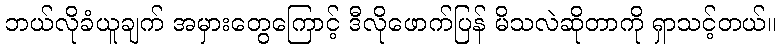
ဘယ်လိုခံယူချက် အမှားတွေကြောင့် ဒီလိုဖောက်ပြန် မိသလဲဆိုတာကို ရှာသင့်တယ်။